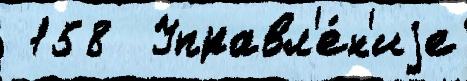
 158  Управл'е́н'иjе